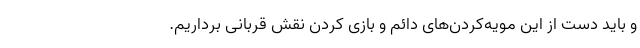
و باید دست از این مویه‌کردن‌های دائم و بازی کردن نقش قربانی برداریم.